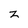
Character: z